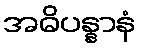
အဓိပန္နာနံ